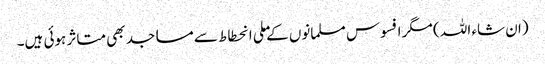
(ان شاء اللہ ) مگر افسوس مسلمانوں کےملی انحطاط سے مساجد بھی متاثر ہوئی ہیں۔